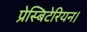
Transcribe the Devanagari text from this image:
प्रेस्बिटेरियन।